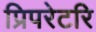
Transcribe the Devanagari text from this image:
प्रिपरेटरि